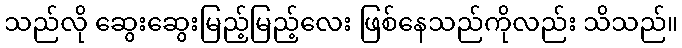
သည်လို ဆွေးဆွေးမြည့်မြည့်လေး ဖြစ်နေသည်ကိုလည်း သိသည်။